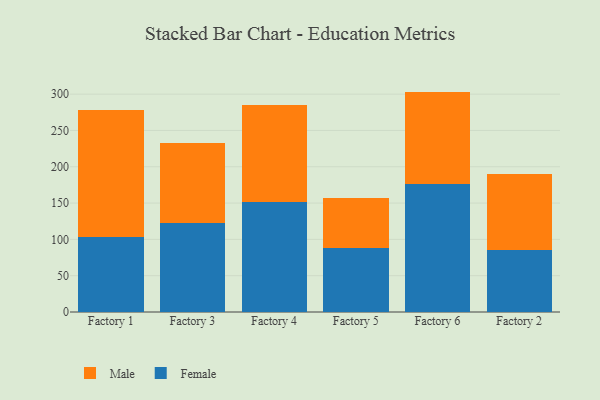
{"axis": {"x": "Factory", "y": "Waste Production (Tons)"}, "legend": ["Female", "Male"], "data": [{"x": "Factory 1", "y": 103.5, "type": "Female"}, {"x": "Factory 1", "y": 174.3, "type": "Male"}, {"x": "Factory 3", "y": 122.0, "type": "Female"}, {"x": "Factory 3", "y": 111.3, "type": "Male"}, {"x": "Factory 4", "y": 150.8, "type": "Female"}, {"x": "Factory 4", "y": 134.6, "type": "Male"}, {"x": "Factory 5", "y": 88.6, "type": "Female"}, {"x": "Factory 5", "y": 68.2, "type": "Male"}, {"x": "Factory 6", "y": 175.8, "type": "Female"}, {"x": "Factory 6", "y": 127.7, "type": "Male"}, {"x": "Factory 2", "y": 84.8, "type": "Female"}, {"x": "Factory 2", "y": 104.8, "type": "Male"}]}